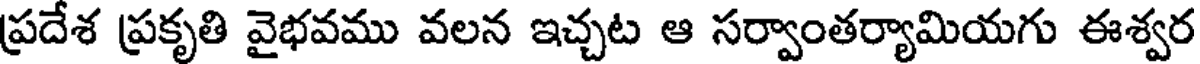
ప్రదేశ ప్రకృతి వైభవము వలన ఇచ్చట ఆ సర్వాంతర్యామియగు ఈశ్వర